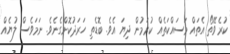
ކުރެވޭތޯ އެތައް މަސައްކަތެއް ކުރަމުން ދިޔަ އެވެ. ބޮޑެތި ހަރަދުކޮށްގެނެވެ. ނަމަވެސް ލުޔެއް